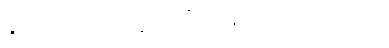
နဲ့ပတ်သက်တဲ့ပြတိုက်ရှိ ပါသေးတယ်။